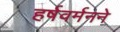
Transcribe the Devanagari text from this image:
हर्षवर्मनने